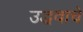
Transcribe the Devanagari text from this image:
उद्धवाचे